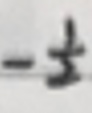
$-\frac{1}{2}$